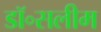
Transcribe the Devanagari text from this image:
डॉ॰सलीम